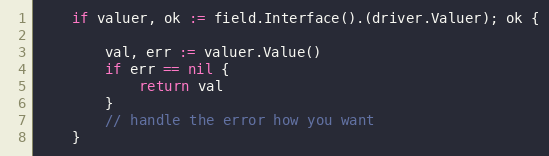
Language: Go
	if valuer, ok := field.Interface().(driver.Valuer); ok {

		val, err := valuer.Value()
		if err == nil {
			return val
		}
		// handle the error how you want
	}